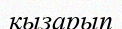
қызарып